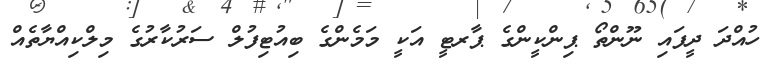
ހުއްދަ ދީފައި ނޫންތޯ ޕިންކީންގެ ޕާރޓީ އަކީ މަމެންގެ ބިއުޓިފުލް ސަރުކާރުގެ މިލްކިއްޔާތެެއް